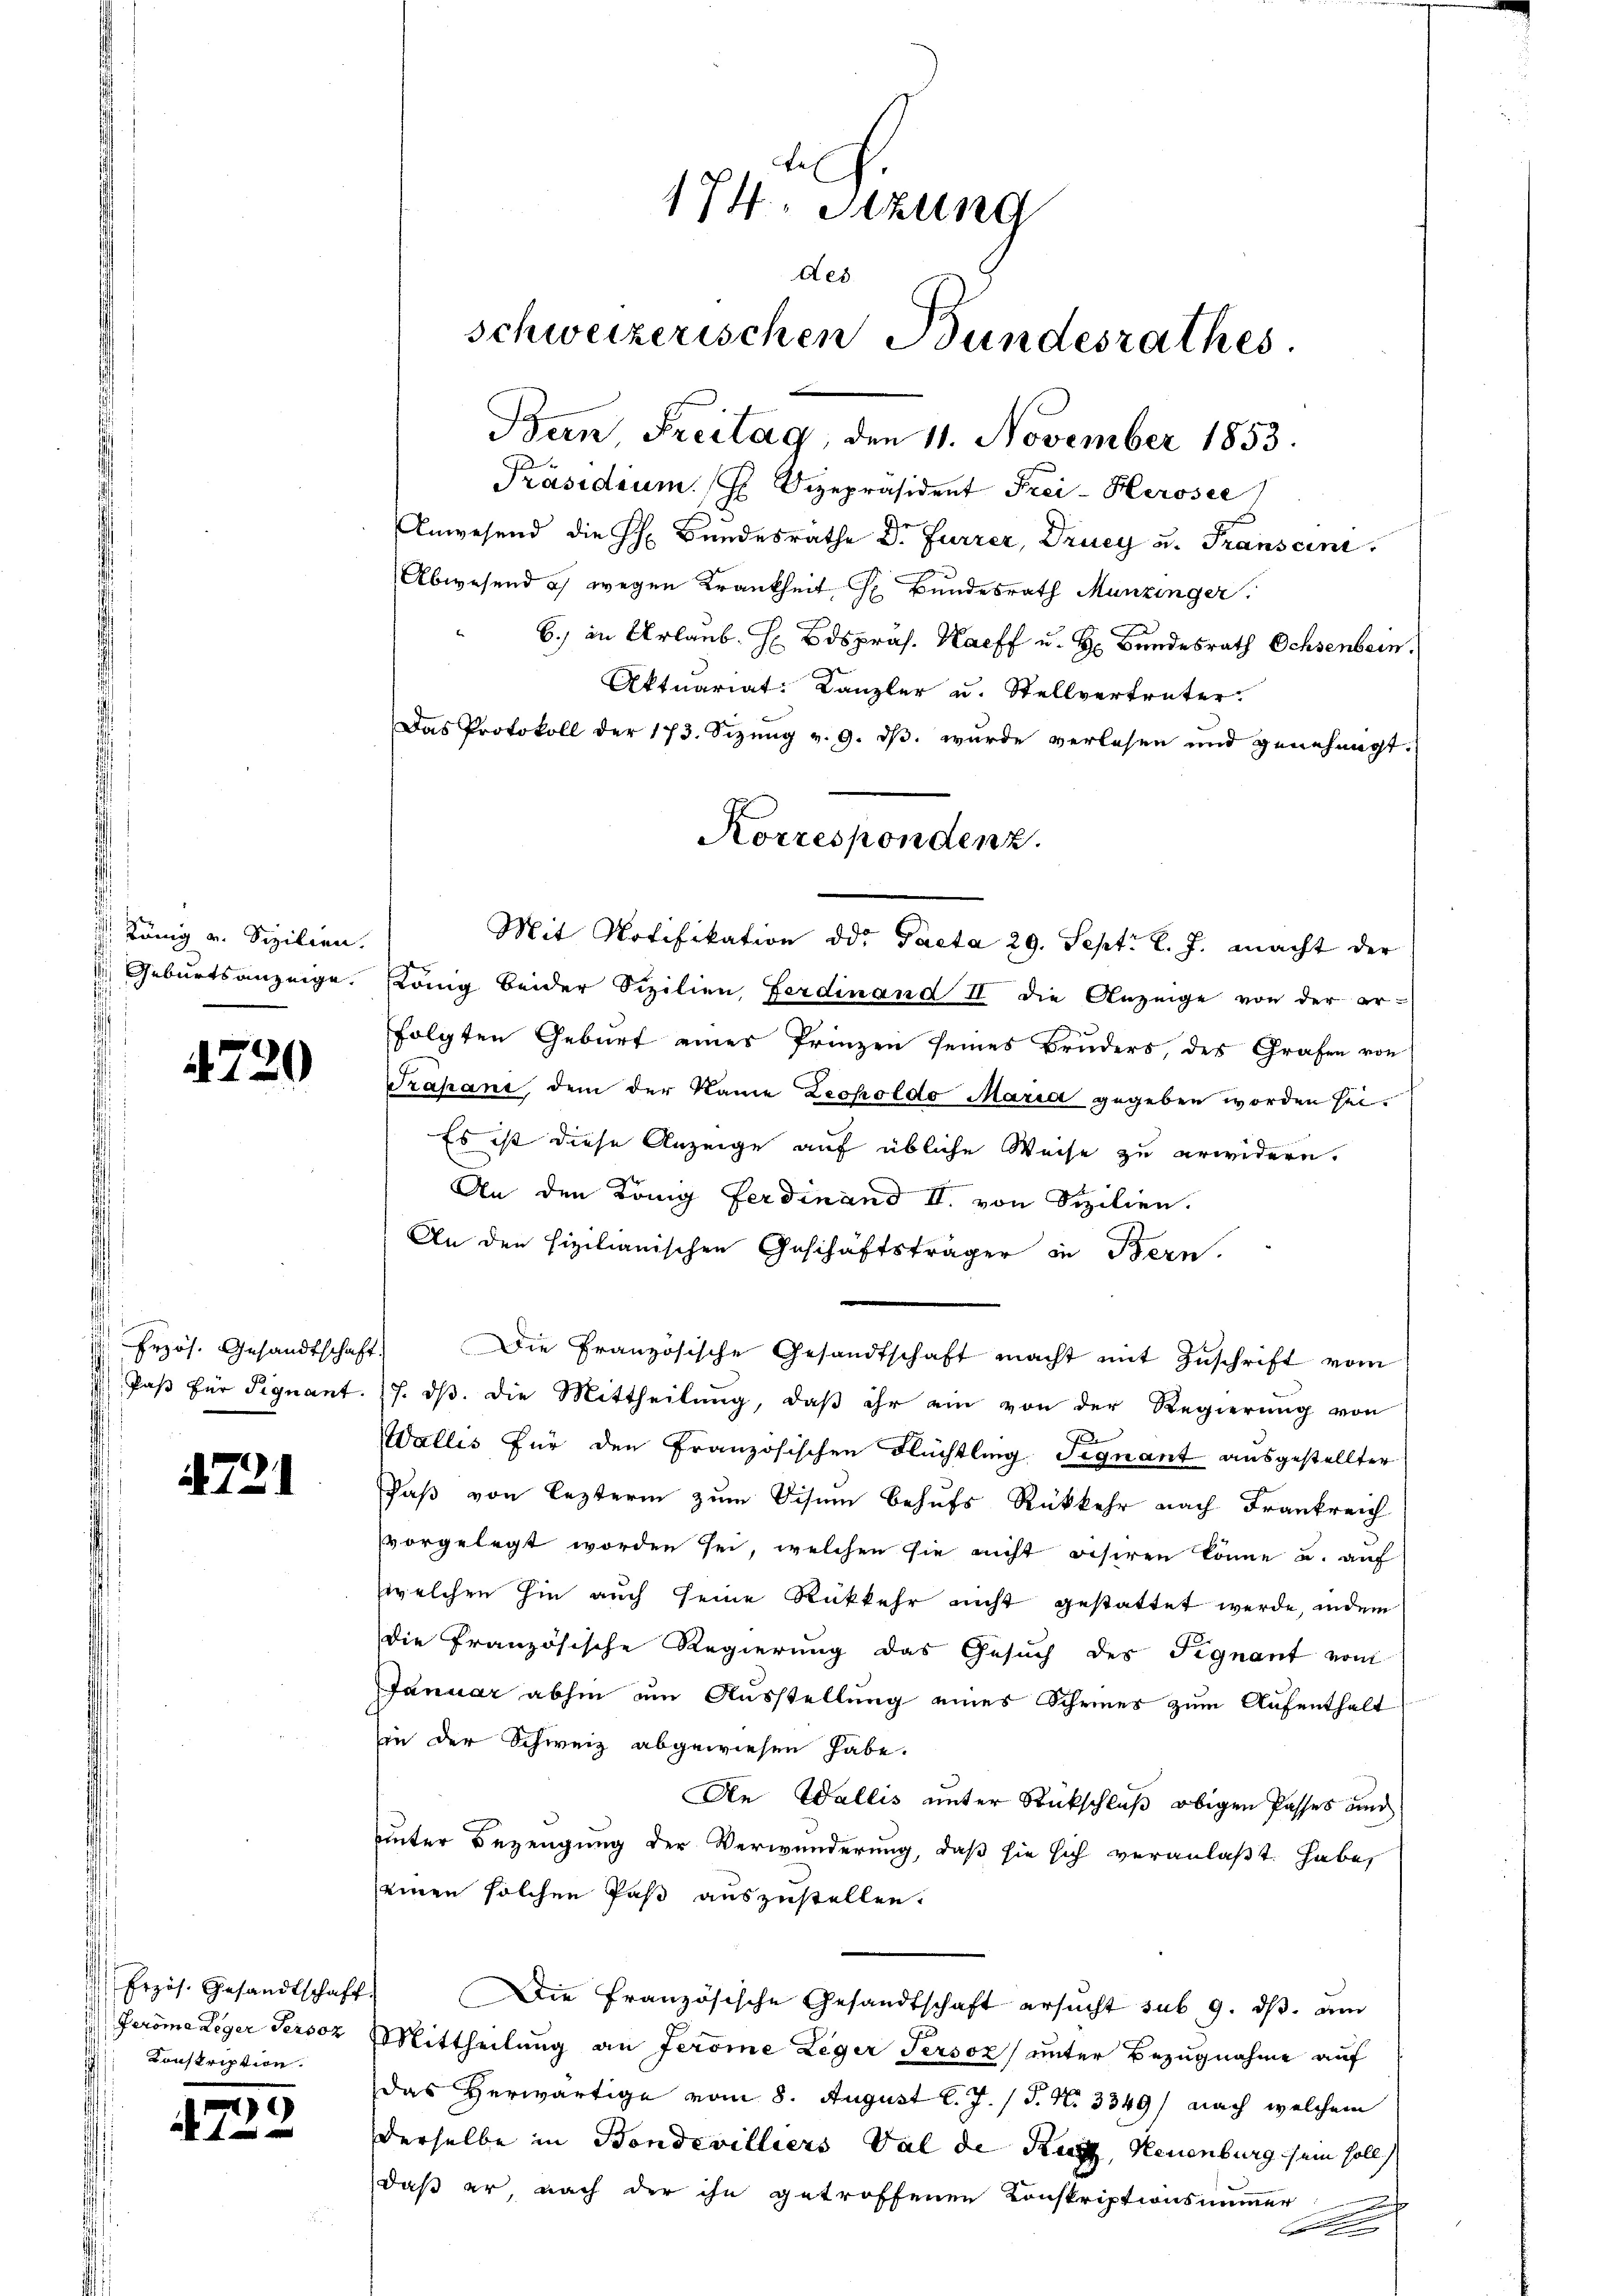
König v. Sizilien.
 Geburtsanzeige.

72

47

720

Erzös. Gesandtschaft
 Paß für Signant.

1

Erzös. Gesandtschaft
Peröme Leger Persoz
 Konskription.

g

174. Sitzung
des
schweizerischen Bundesrathes
Ban, Freitag, den 11. November 1853.
Präsidium. H. Vizepräsident Frei-Herosee)

Anwesend die H. Bundesrathe Dr. Furrer, Drucy u. Franscini
Abwesend u. wegen Krankheit, s. Bundesrath Munzinger
6.) in Urlaub. H Bdspräs. Haff u. H. Bundesrath Ochsenbein.
Aktuariat: Kanzler u. Stellvertreter.
Das Protokoll der 173. Sizung v. 9. dβ. wurde verlesen und genehmigt.

Korrespondenz.

Mit Notifikation dd. Pacta 29. Sept. l. J. macht der
König beider Sizilien, Ferdinand II die Anzeige von der er-
folgten Geburt eines Prinzen seines Bruders, des Grafen von
Prapani dem der Name Zecholdo Maria gegeben worden sei.
Es ist diese Anzeige auf übliche Weise zu erwidern.
An den König Ferdinand II. von Sizilien.
An den fixilianischen Geschäftsträger in Bern.
Die Französische Gesandtschaft macht mit Zuschrift vom
7. ds. die Mittheilung, daß ihr ein von der Regierung von
Wallis für den Französischen Flüchtling Signant ausgestellter
Faß von lezterm zum Visum behufs Rückkehr nach Frankreich
vorgelegt worden sei, welchen sie nicht visiren könne u. auf
welchen hin auch seine Rückkehr nicht gestattet werde, indem
die französische Regierung das Gesuch des Fignant vom
Januar abhin um Ausstellung eines Scheines zum Aufenthalt
in der Schweiz abgewiesen habe.
An Wallis unter Rückschluß obigen Passes und
unter Bezeugung der Verwunderung, daß sie sich veranlaßt habe
seinen solchen Paß auszustellen.
Die Französische Gesandtschaft ersucht sub. 9. dβ. am
Mittheilung an Jerome Leger Persoz) unter Bezugnahme auf
Das Herwärtige vom 8. August l. J. J. N. 3349) nach welchem
derselbe in Bondevilliers Val de Ruh, Neuenburg sein soll
daß er nach der ihn getroffenen Konskriptionsimmer
.
e